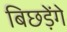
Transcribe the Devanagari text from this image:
बिछड़ेंगे